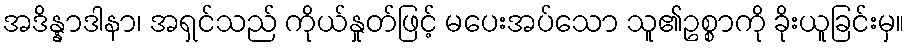
အဒိန္နာဒါနာ၊ အရှင်သည် ကိုယ်နှုတ်ဖြင့် မပေးအပ်သော သူ၏ဥစ္စာကို ခိုးယူခြင်းမှ။